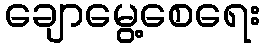
ချောမွေ့စေရေး